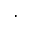
.